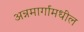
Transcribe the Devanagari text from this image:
अन्नमार्गामधील